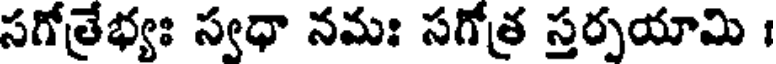
సగోత్రేభ్యః స్వధా నమః సగోత్ర స్తర్పయామి ।